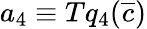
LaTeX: a_{4}\equiv Tq_{4}(\overline{{c}})